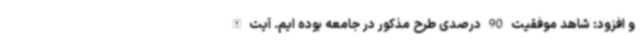
و افزود: شاهد موفقیت 90 درصدی طرح مذکور در جامعه بوده ایم. آیت الله